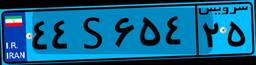
۴۴S۶۵۴۲۵